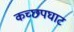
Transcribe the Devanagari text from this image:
कच्छपघाट